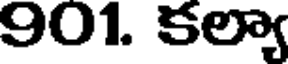
901. కల్యా